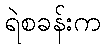
ရဲစခန်းက